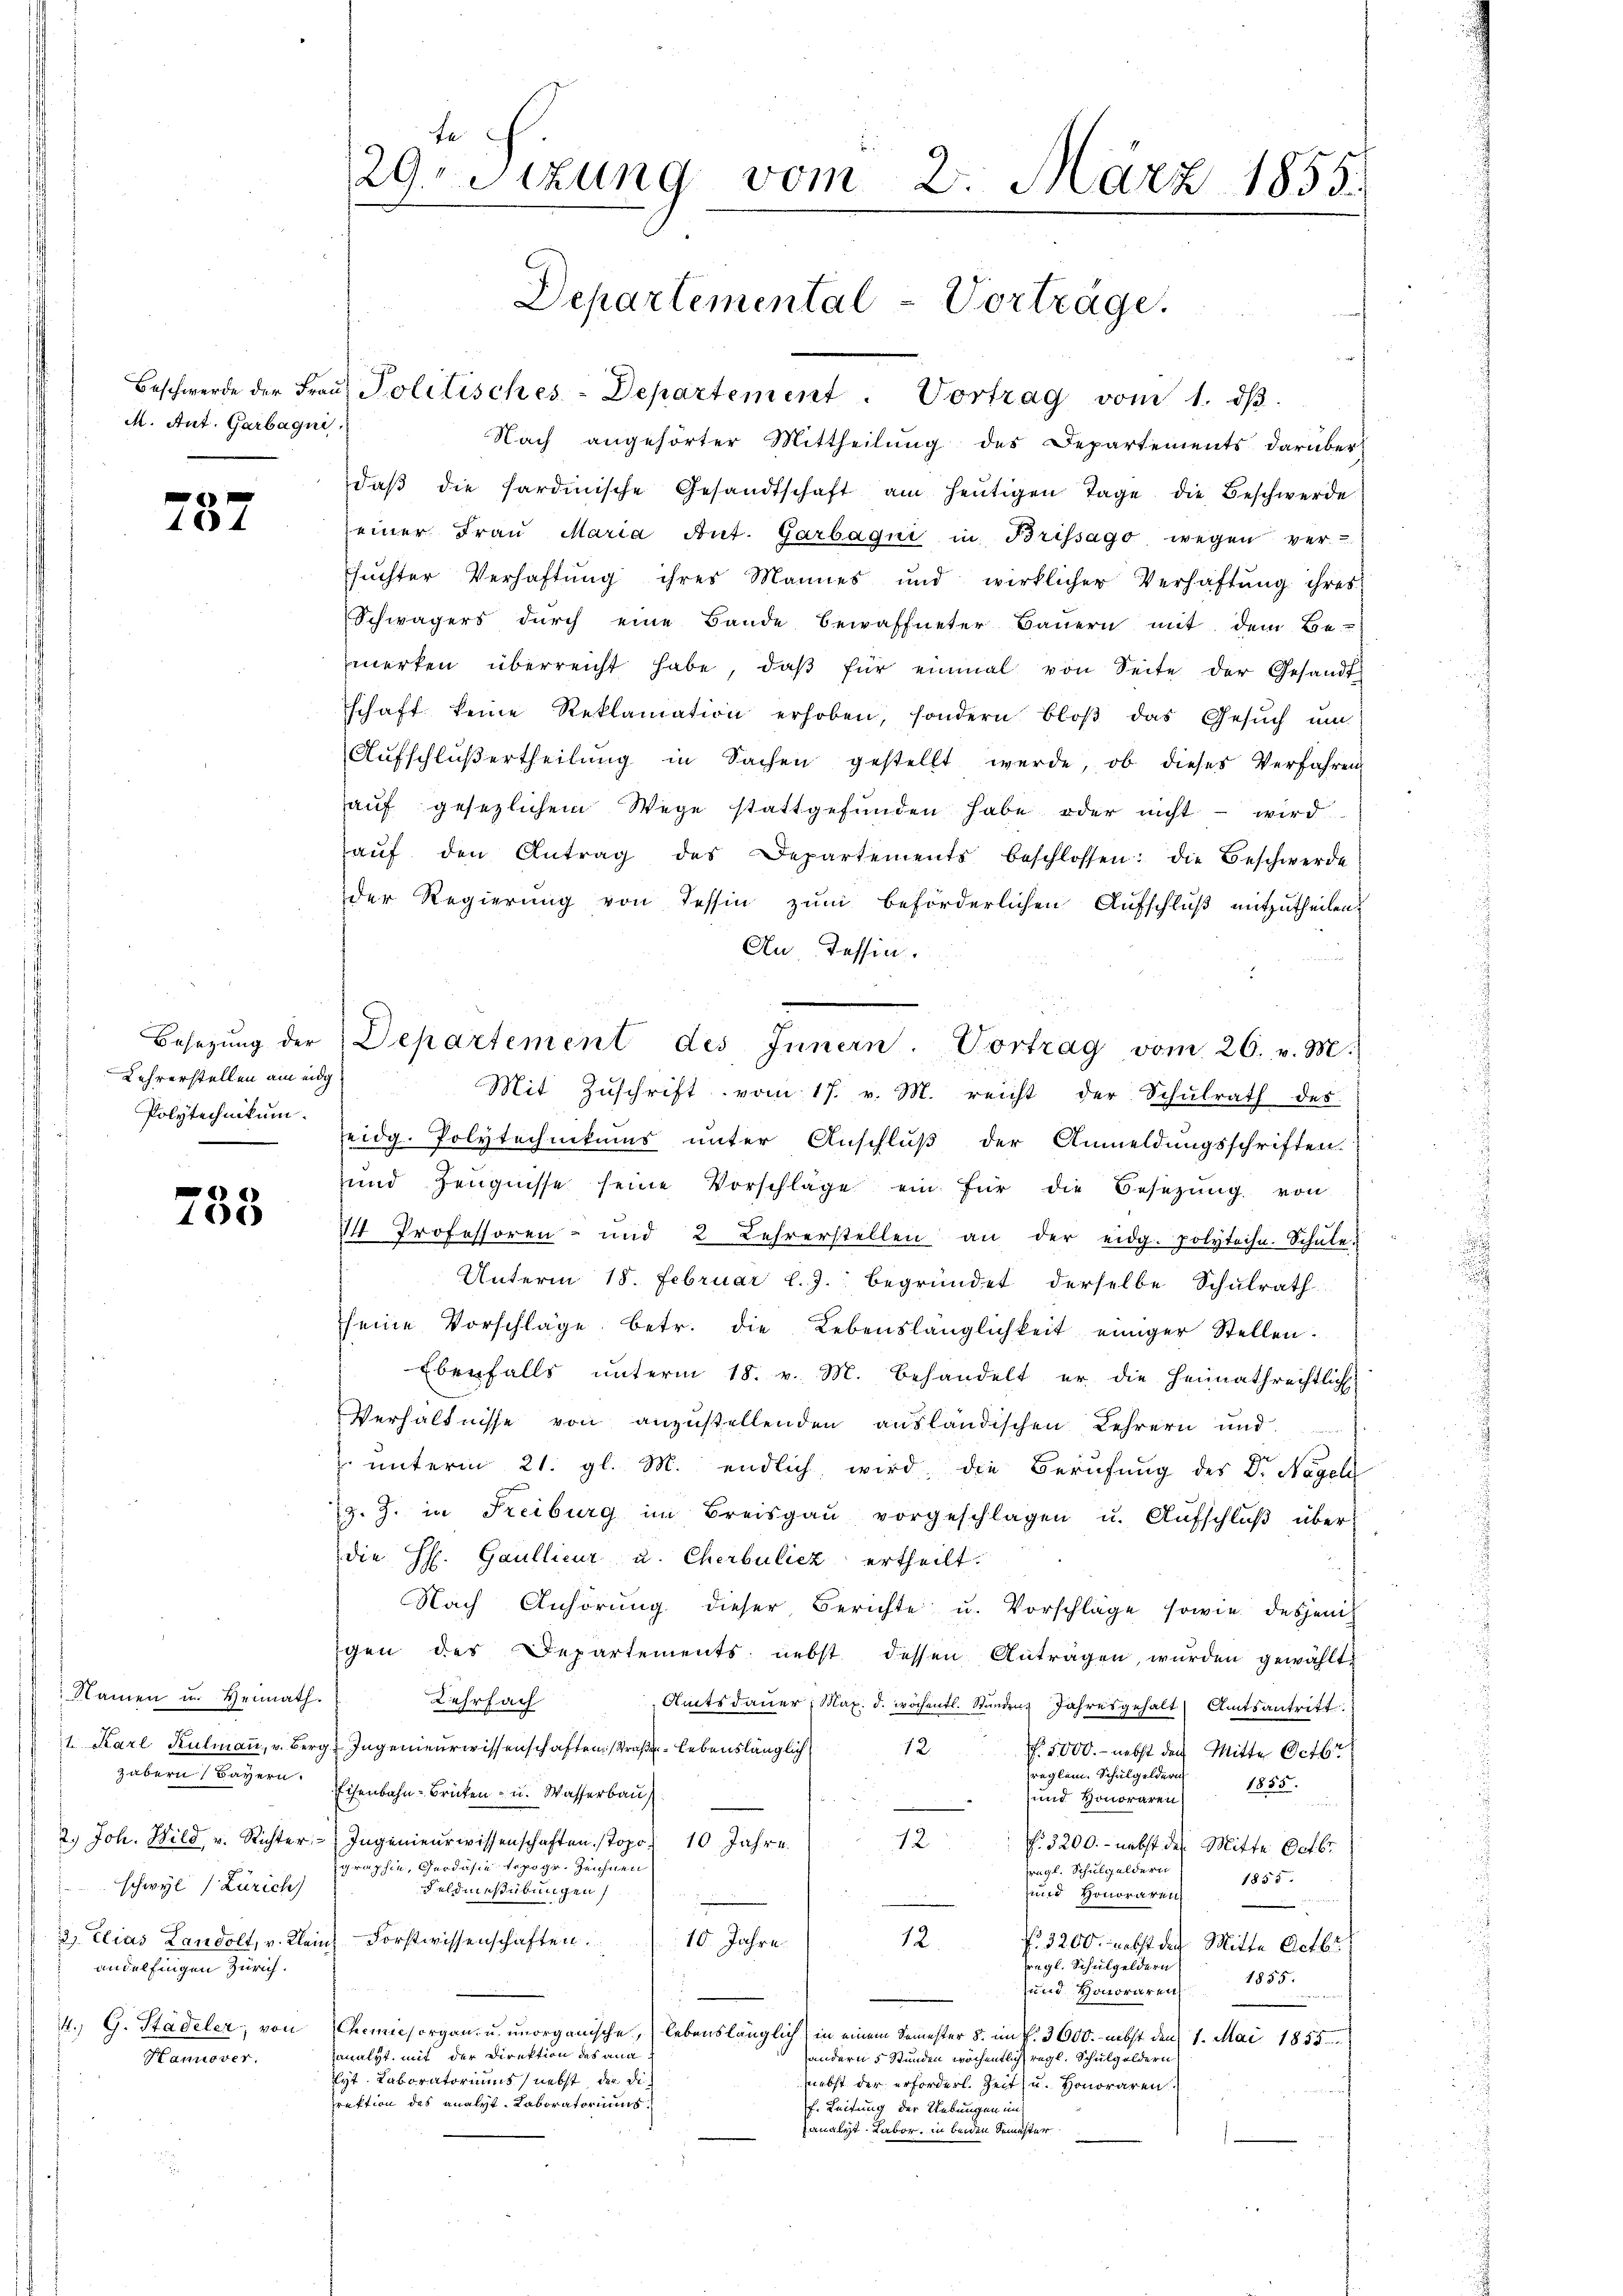
M. Ant. Garbagni

787

Lehrerstellen am eidg
Polytechnikum.

)
406

Namen in Heimath.
Habern Bayern.
schwyl (Zürich)
andelfingen Zürich.
Hannover.

Nach angehörter Mittheilung des Departements darüber
daβ die sardinische Gesandtschaft am heŭtigen Tage die Beschwerde
einer Fraŭ Maria Ant. Garbagui in Brissago wegen ver-
sŭchter Verhaftŭng ihres Mannes und wirklicher Verhaftŭng ihres
Schwägers dŭrch eine Bande bewaffneter Baŭern mit dem Be-
merken überreicht habe, daβ für einmal von Seite der Gesandt-
schaft keine Reklamation erhoben, sondern bloβ das Gesŭch ŭm
Aufschluß ertheilung in Sachen gestellt werde, ob dieses Verfahren
aŭf gesezlichem Wege stattgefŭnden habe oder nicht - wird
aŭf den Antrag des Departements beschlossen: die Beschwerde
der Regierung von Tessin zum beförderlichen Aufschluß mitzutheilen,
An, Tessin.
Mit Zuschrift vom 17. v. M. reicht der Schulrath des
eidg. Polytechnikums unter Anschluß der Anmeldungsschriften
und Zeugnisse seine Vorschläge ein für die Besetzŭng von
14 Professoren- und 2 Lehrerstellen an der eidg. polytechn. Schŭle
Unterm 18. Februar l. J. begründet derselbe Schulrath
seine Vorschläge betr. die Lebenslänglichkeit einiger Stellen.
Ebenfalls ŭnterm 18. v. M. behandelt er die Heimathrechtlich
Verhältnisse von anzustellenden ausländischen Lehrern und
 unterm 21. gl. M. endlich wird, die Berufung des Dr. Nägeli
z. Z. in Freiburg im Breisgaŭ vorgeschlagen u. Aŭfschlŭβ über
die H. Gaullieur u. Cherbuliez ertheilt.
Nach Anhörung dieser Berichte u. Vorschläge sowie desjenig
igen des Departements nebst dessen Antragen, wurden gewählt
Kehrfach
Amtsdauer, Max. d. wöchentl. Stunden Jahresgehalt Amtsantritt.
t. Karl Kulmann, v. Berg, Ingenieurwissenschaften Straße lebenslänglich
12.
f. 5000. - nebst der Mitter Octbr
reglem. Schulgeldern
1855.
Eisenbahn-Brüten - u. Wasserbau,
und Honoraren

2.) Joh. Wild v. Richter Ingenieurwissenschaften stopo) 10 Jahre.
—
f. 3200. - nebst des Mitte Octbr.
graphie, Gerdäsie topogr. Zeichnen
ragl. Schulgeldern
1855.
Feldmesübungen,
und Honoraren
B
e
3) Elias Landolt, v. Klein Forstwissenschaften.
10. Jahre.
12
No 3200. nebst der Mitte Octbr.
regl. Schulgeldern
1855.
und Honoraren
114. 1424
4. G. Stadeler, von Chemiesorgan u. unorganische, lebenslänglich
in einem Semester §. im V. 3600. nebst den 1. Mai 1855.
analyt, mit der Direktion des ana
andern 5 Stunden wöchentlich regl. Schulgeldern
lyt. Laboratoriums nebst, der Dinebst der erforderl. Zeit u. Honoraren.
un
zrektion des analyt. Laboratoriums
f. Leitung der Uebungen im
analyt. Labor, in beiden Semester

te
29. Sitzung vom 2. März 1855.

Departemental - Vorträge.

Beschwerde der Fraŭ Politisches-Departement. Vortrag vom 1. dβ.

Besetzung der Departement des Innern. Vortrag vom 26. v. M.